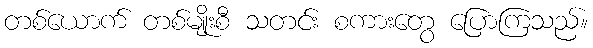
တစ်ယောက် တစ်မျိုးစီ သတင်း စကားတွေ ပြောကြသည်။